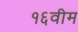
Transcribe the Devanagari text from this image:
१६वीम